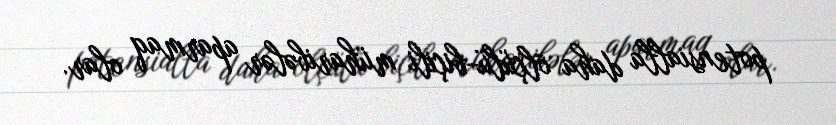
potensialla daha ölçülü-biçili müharibələr aparmaq olar.